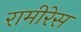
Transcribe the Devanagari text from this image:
रामीरेस